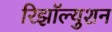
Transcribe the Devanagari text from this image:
रिझॉल्युशन